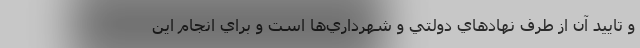
و تاييد آن از طرف نهادهاي دولتي و شهرداري‌ها است و براي انجام اين